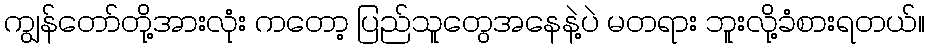
ကျွန်တော်တို့အားလုံး ကတော့ ပြည်သူတွေအနေနဲ့ပဲ မတရား ဘူးလို့ခံစားရတယ်။